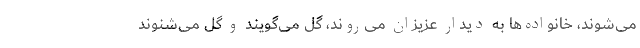
می‌شوند، خانواده‌ها به دیدار عزیزان می‌روند، گل می‌گویند و گل می‌شنوند